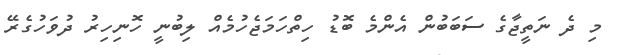
މި ދެ ނަތީޖާގެ ސަބަބުން އެންމެ ބޮޑު ހިތްހަމަޖެހުމެއް ލިބުނީ ހޮނިހިރު ދުވަހުގެރޭ